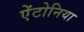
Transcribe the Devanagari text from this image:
ऐंटोनिया